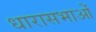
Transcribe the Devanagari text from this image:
धारासभाओं